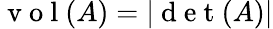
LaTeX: \mathrm{~v~o~l~}(A)=|\mathrm{~d~e~t~}(A)|